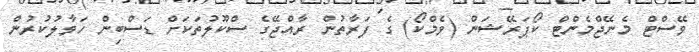
ވޭސްޓް މެނޭޖްމެންޓް ކޯޕަރޭޝަން (ވެމްކޯ) ގެ ފަރާތުން ރާއްޖޭގެ ސްކޫލުތަކަށް ޑަސްބިން ހަވާލުކުރުން